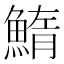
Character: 鰖